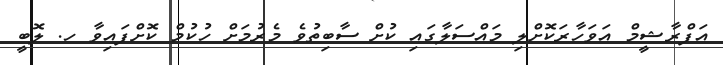
އަފްރާޝީމް އަވަހާރަކޮށްލި މައްސަލާގައި ކުށް ސާބިތުވެ މެރުމަށް ހުކުމް ކޮށްފައިވާ ހ. ލޮބީ